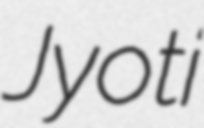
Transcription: Jyoti